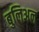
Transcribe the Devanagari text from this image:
बुलिअन